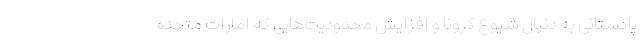
پاکستانی به دنبال شیوع کرونا و افزایش محدودیت‌هایی که امارات متحده